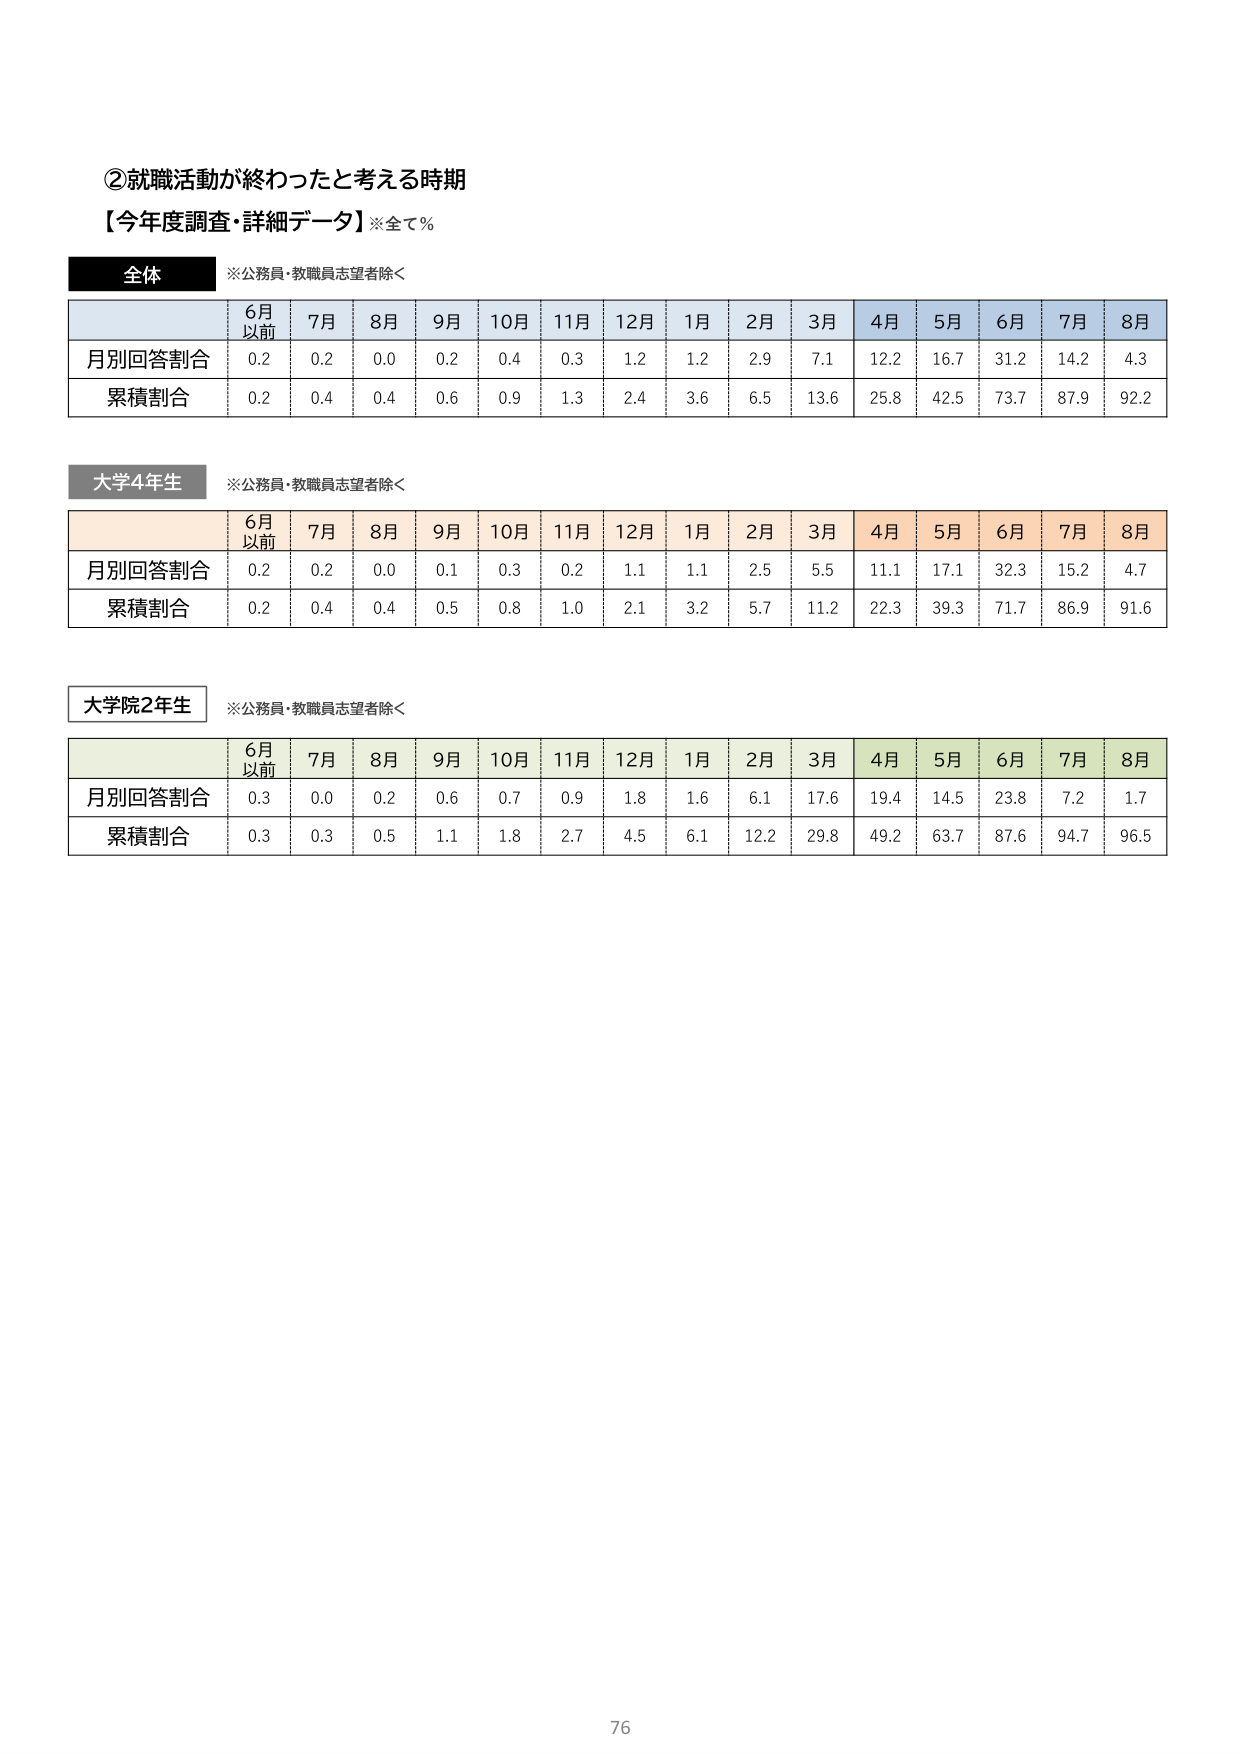
②就職活動が終わったと考える時期
【今年度調査・詳細データ】※全て％

全体
※公務員・教職員志望者除く

6月以前　7月　8月　9月　10月　11月　12月　1月　2月　3月　4月　5月　6月　7月　8月
月別回答割合　0.2　0.2　0.0　0.2　0.4　0.3　1.2　1.2　2.9　7.1　12.2　16.7　31.2　14.2　4.3
累積割合　0.2　0.4　0.4　0.6　0.9　1.3　2.4　3.6　6.5　13.6　25.8　42.5　73.7　87.9　92.2

大学4年生
※公務員・教職員志望者除く

6月以前　7月　8月　9月　10月　11月　12月　1月　2月　3月　4月　5月　6月　7月　8月
月別回答割合　0.2　0.2　0.0　0.1　0.3　0.2　1.1　1.1　2.5　5.5　11.1　17.1　32.3　15.2　4.7
累積割合　0.2　0.4　0.4　0.5　0.8　1.0　2.1　3.2　5.7　11.2　22.3　39.3　71.7　86.9　91.6

大学院2年生
※公務員・教職員志望者除く

6月以前　7月　8月　9月　10月　11月　12月　1月　2月　3月　4月　5月　6月　7月　8月
月別回答割合　0.3　0.0　0.2　0.6　0.7　0.9　1.8　1.6　6.1　17.6　19.4　14.5　23.8　7.2　1.7
累積割合　0.3　0.3　0.5　1.1　1.8　2.7　4.5　6.1　12.2　29.8　49.2　63.7　87.6　94.7　96.5

76